Problem: 29 + 85 = ?
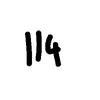
Handwritten answer: 114